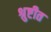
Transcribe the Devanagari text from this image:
श्रुष्टीत